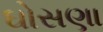
ઘોસણા